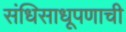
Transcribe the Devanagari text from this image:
संधिसाधूपणाची